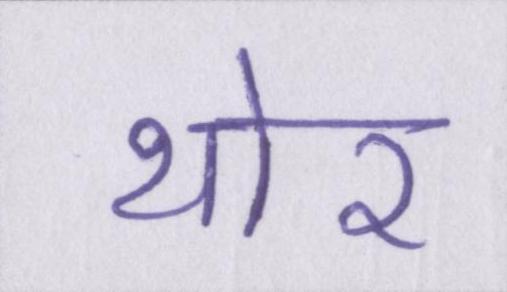
थोर